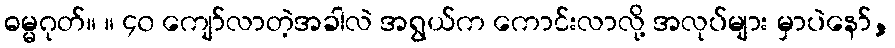
ဓမ္မဂုတ်။ ။ ၄၀ ကျော်လာတဲ့အခါလဲ အရွယ်က ကောင်းလာလို့ အလုပ်များ မှာပဲနော်,